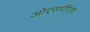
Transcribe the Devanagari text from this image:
ओएसपीएफ़